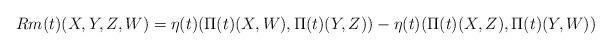
LaTeX: \begin{align*}Rm(t)(X,Y,Z,W)=\eta(t)(\Pi(t)(X,W),\Pi(t)(Y,Z))-\eta(t)(\Pi(t)(X,Z),\Pi(t)(Y,W))\end{align*}